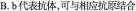
B.b代表抗体，可与相应抗原结合